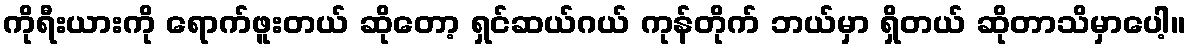
ကိုရီးယားကို ရောက်ဖူးတယ် ဆိုတော့ ရှင်ဆယ်ဂယ် ကုန်တိုက် ဘယ်မှာ ရှိတယ် ဆိုတာသိမှာပေါ့။